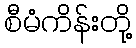
စီမံကိန်းတို့